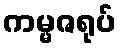
ကမ္မဇရုပ်